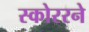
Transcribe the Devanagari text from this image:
स्कोररने